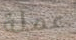
عملة